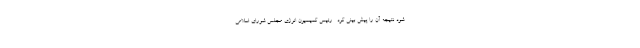
شود نتیجه آن را پیش بینی کرد . رئیس کمیسیون انرژی مجلس شورای اسلامی